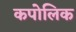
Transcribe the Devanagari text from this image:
कपोलिक